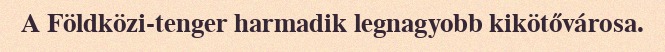
A Földközi-tenger harmadik legnagyobb kikötővárosa.